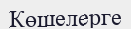
Көшелерге